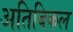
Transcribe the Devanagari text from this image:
अतिविकल